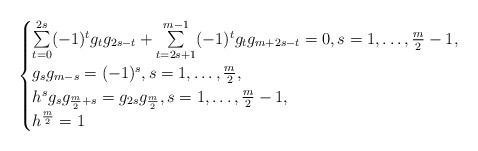
LaTeX: \begin{align*}\begin{cases}\sum\limits_{t=0}^{2s}(-1)^tg_tg_{2s-t}+\sum\limits_{t=2s+1}^{m-1}(-1)^tg_tg_{m+2s-t}=0,s=1,\dots,\frac{m}{2}-1,\\g_sg_{m-s}=(-1)^s,s=1,\dots,\frac{m}{2},\\h^sg_sg_{\frac{m}{2}+s}=g_{2s}g_{\frac{m}{2}},s=1,\dots,\frac{m}{2}-1,\\h^\frac{m}{2}=1\end{cases}\end{align*}